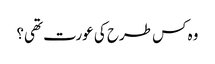
وہ کس طرح کی عورت تھی؟